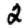
Digit: 2